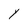
Character: Y